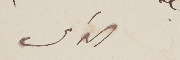
الداعى